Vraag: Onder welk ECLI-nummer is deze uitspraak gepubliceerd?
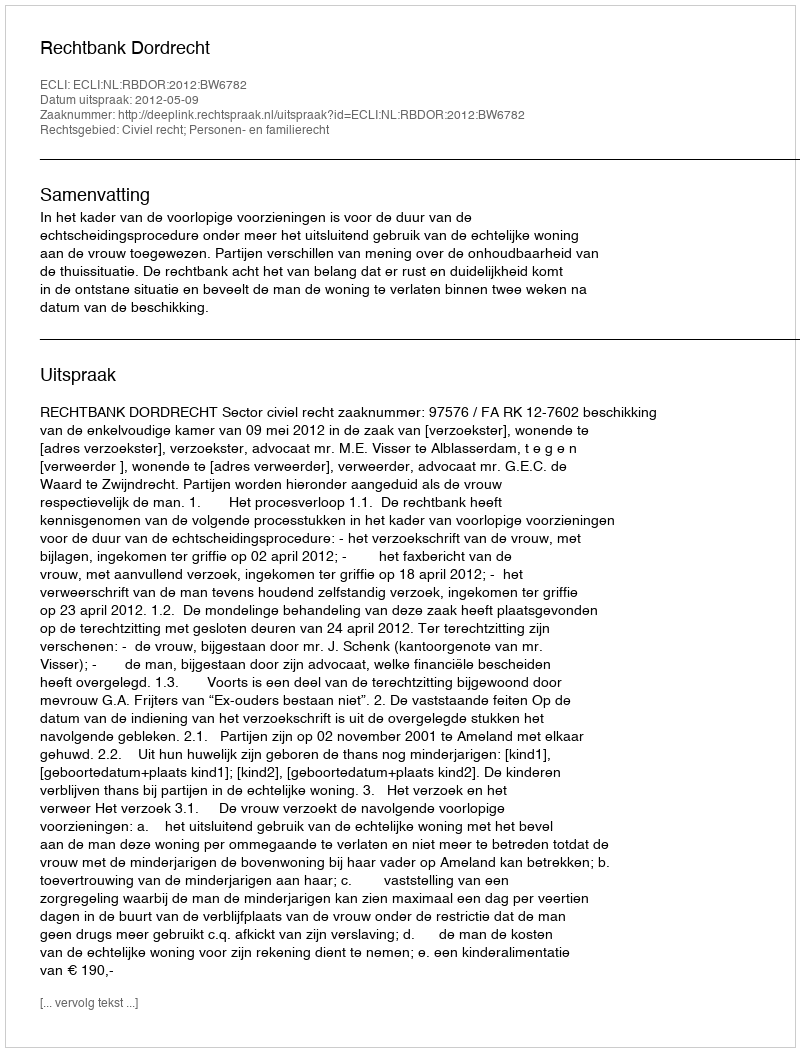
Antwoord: ECLI:NL:RBDOR:2012:BW6782